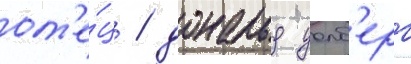
от'е́ц / дональд уолб'ерг